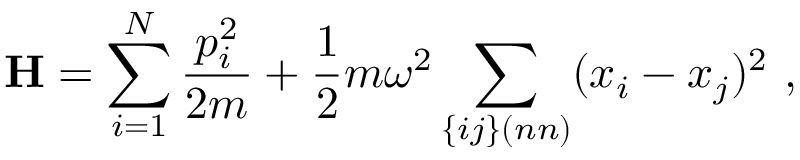
\mathbf { H } = \sum _ { i = 1 } ^ { N } { \frac { p _ { i } ^ { 2 } } { 2 m } } + { \frac { 1 } { 2 } } m \omega ^ { 2 } \sum _ { \{ i j \} ( n n ) } ( x _ { i } - x _ { j } ) ^ { 2 } ~ ,